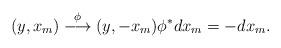
LaTeX: \begin{align*}\begin{aligned} (y, x_{m})\overset{\phi}\longrightarrow (y, -x_{m}) \phi^{*}dx_{m}=-dx_{m}.\end{aligned}\end{align*}